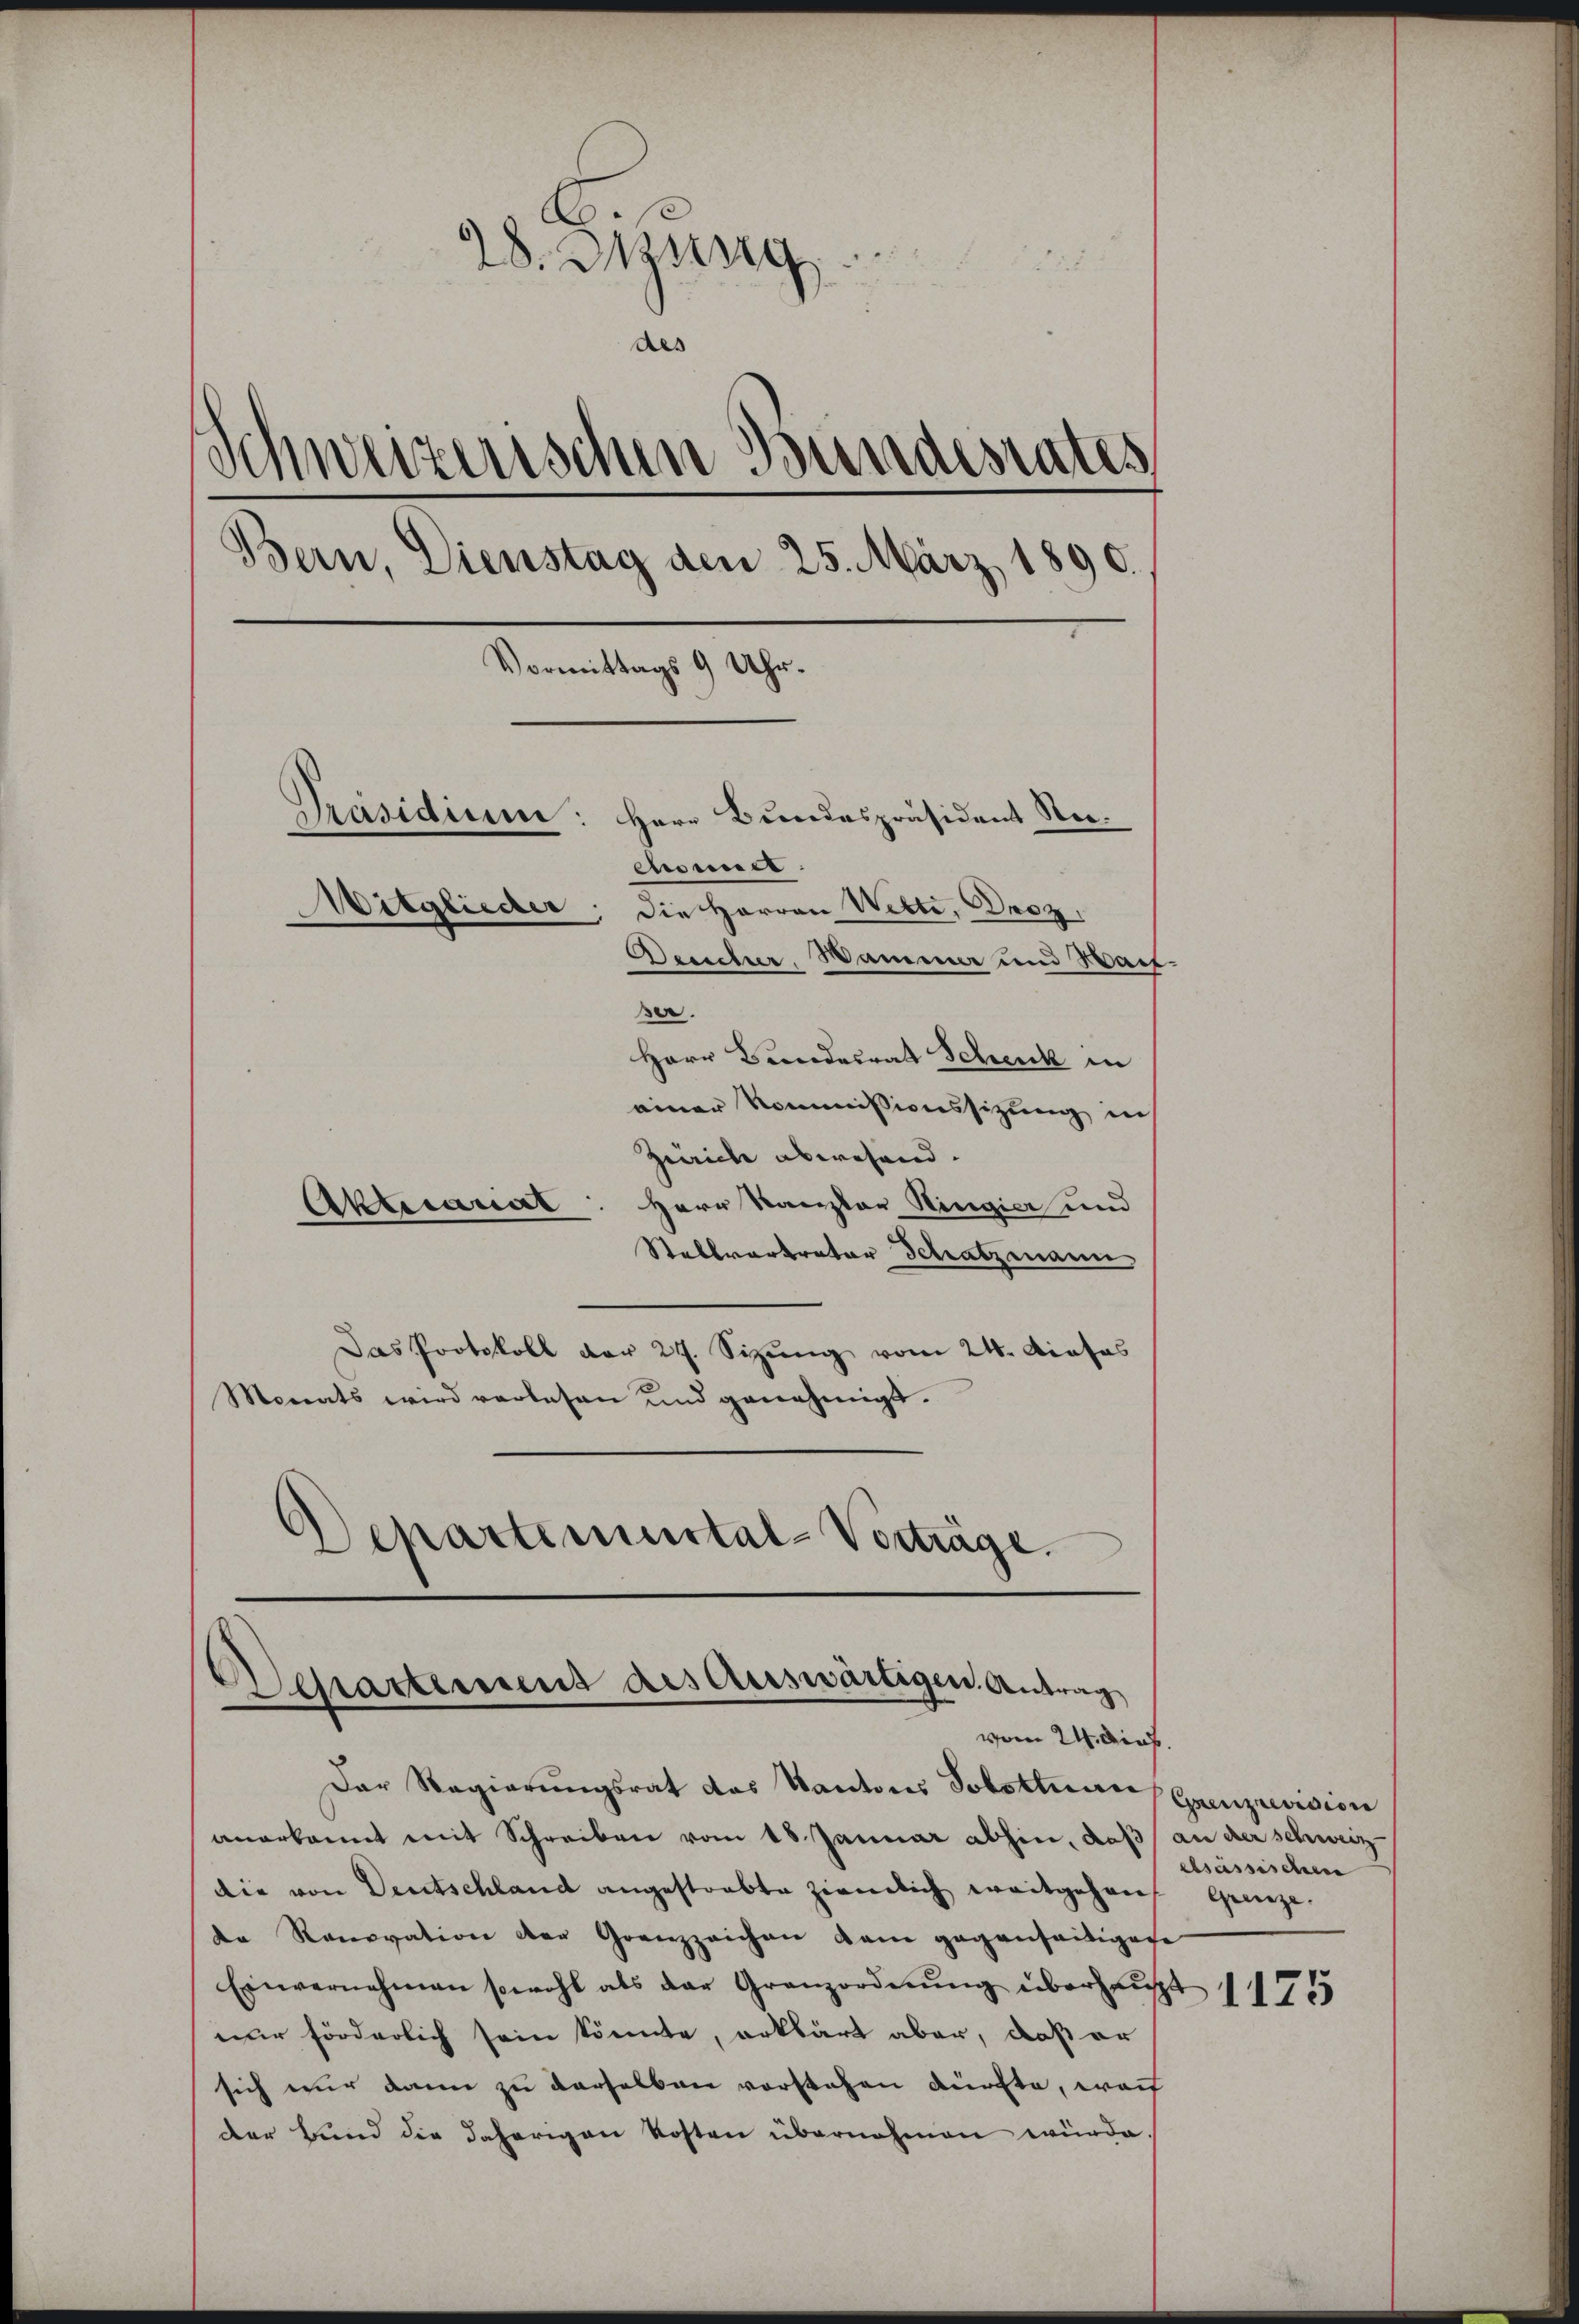
28. Sitzung
des
Schweizerischen Bundesrates
Bern, Dienstag den 25. März 1890.
Vormittags 9 Uhr.
Präsidium
Herr Bundespräsident Rec
Eismer
Mitglieder. Die Herren Wette, Droz.
Desicher, Wamma und Hartber.
Herr Bundesrat Schenk in
einer Kommissionssizung in

Zürich abwesend.
Aktuariat: Herr Kanzler Ringier und
Stellvertrator Schatzmann
Das Protokoll der 27. Sizung vom 24. Dieses
Monats wird verlesen und genehmigt.
Departemental-Verträge.

Departement des Auswärtigen Antrag
vom 24. Dies
Der Regierŭngsrat das Kantons Solottuar Grenzrevision

anerkannt mit Schreiben vom 18. Januar abhin, daß an der schweiz
die von Deutschland angestrebte ziemlich weitgehen Grenze.
de Renovation der Grenzzeichen dem gegenseitigese
Einvernehmen sowohl als der Granzordnŭng überhaŭpt 11755
nur förderlich sein könnte, erklärt aber, daß er
sich nur dann zu derselben vorstehen dürfte, wo
Der Bund die daherigen Kosten übernehmen würde

elsässischen